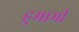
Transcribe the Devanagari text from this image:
हुमामी